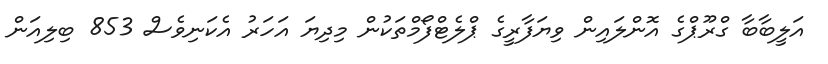
އަލީބާބާ ގްރޫޕްގެ އޮންލައިން ވިޔަފާރީގެ ޕްލެޓްފޯމްތަކުން މިދިޔަ އަހަރު އެކަނިވެސް 853 ބިލިއަން